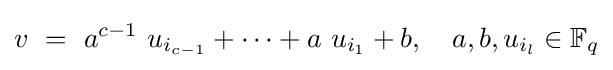
v~=~a^{c-1}~u_{i_{c-1}}+\cdots +a~u_{i_{1}}+b,\quad a,b,u_{i_{l}}\in \mathbb {F} _{q}